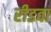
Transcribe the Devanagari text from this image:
रीडवा